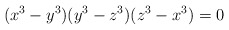
\begin{align*} (x^3-y^3)(y^3-z^3)(z^3-x^3)=0\end{align*}